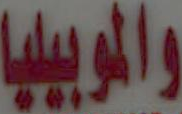
والموبيليا